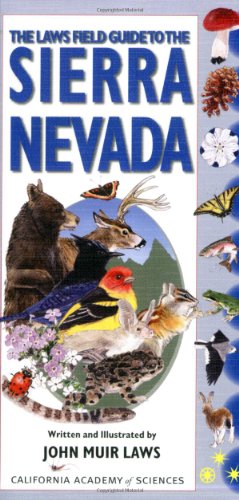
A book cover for Laws Field Guide to the Sierra Nevada, The (California Academy of Sciences); John Muir Laws; Science & Math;